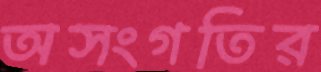
অসংগতির